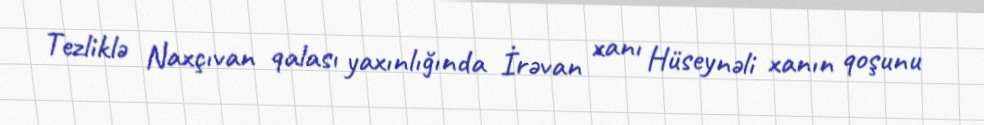
Tezliklə Naxçıvan qalası yaxınlığında İrəvan xanı Hüseynəli xanın qoşunu